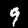
Digit: 9